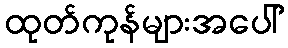
ထုတ်ကုန်များအပေါ်